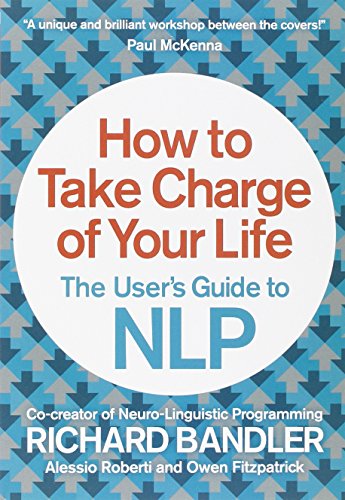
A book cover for How to Take Charge of Your Life: The User's Guide to NLP; Richard Bandler; Self-Help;